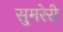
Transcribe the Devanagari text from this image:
सुमरेरी